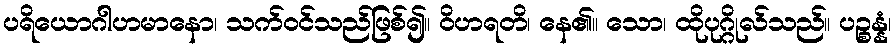
ပရိယောဂါဟမာနော၊ သက်ဝင်သည်ဖြစ်၍။ ဝိဟရတိ၊ နေ၏။ သော၊ ထိုပုဂ္ဂိုလ်သည်။ ပဉ္စန္နံ၊